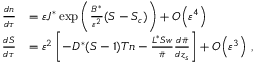
\begin{array} { r l } { { \frac { d n } { d \tau } } } & { = { \varepsilon } J ^ { * } \exp \left( \frac { B ^ { * } } { { \varepsilon } ^ { 2 } } ( S - S _ { c } ) \right) + { O } \! \left( { \varepsilon } ^ { 4 } \right) } \\ { { \frac { d S } { d \tau } } } & { = { \varepsilon } ^ { 2 } \left[ - D ^ { * } ( S - 1 ) T n - \frac { L ^ { * } S w } { \bar { \pi } } { \frac { d \bar { \pi } } { d z _ { s } } } \right] + { O } \! \left( { \varepsilon } ^ { 3 } \right) \, , } \end{array}